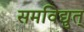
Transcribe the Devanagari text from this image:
समविद्युत्‌